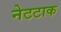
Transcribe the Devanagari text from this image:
नेटटाक